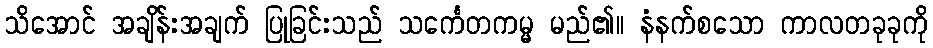
သိအောင် အချိန်းအချက် ပြုခြင်းသည် သင်္ကေတကမ္မ မည်၏။ နံနက်စသော ကာလတခုခုကို